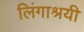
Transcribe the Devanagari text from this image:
लिंगाश्रयी